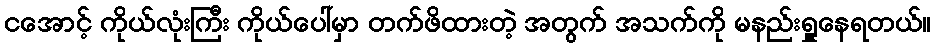
ငအောင့် ကိုယ်လုံးကြီး ကိုယ်ပေါ်မှာ တက်ဖိထားတဲ့ အတွက် အသက်ကို မနည်းရှူနေရတယ်။